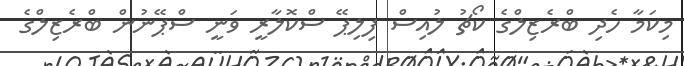
މިކަމާ ހެދި ބްރެޒިލްގެ ކޯޗު ލުއިސް ފިލިޕޭ ސްކޮލާރީ ވަނީ ސްޕޭނުން ބްރެޒިލްގެ